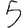
Digit: 5